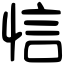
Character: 𢚘